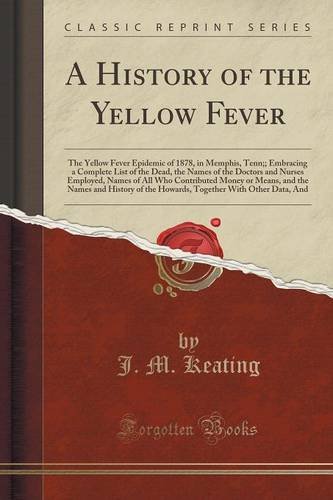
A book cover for A History of the Yellow Fever: The Yellow Fever Epidemic of 1878, in Memphis, Tenn;; Embracing a Complete List of the Dead, the Names of the Doctors ... and the Names and History of the Howards; J. M. Keating; Reference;